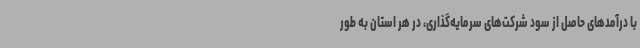
با درآمدهای حاصل از سود شرکت‌های سرمایه‌گذاری، در هر استان به طور